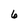
Character: 6